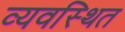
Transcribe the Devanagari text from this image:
व्‍यवस्‍िथत